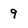
Character: 9